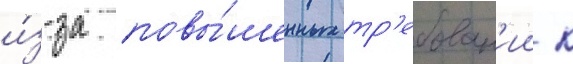
и́з-за повы́шенных тр'ебован'ии к